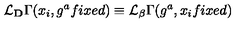
{ \cal L } _ { \bf D } \Gamma ( x _ { i } , g ^ { a } f i x e d ) \equiv { \cal L } _ { \bf \beta } \Gamma ( g ^ { a } , x _ { i } f i x e d )